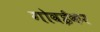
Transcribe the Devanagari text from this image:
गोवईकर